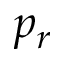
p _ { r }